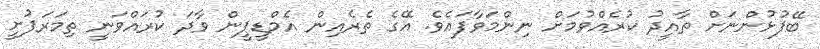
ބޭފުޅުންނަށް ތާއީދު ކުރެއްވުމަށް ނިންމަވާފައެވެ. އޭގެ ތެރެއިން އެމްޑީޕީން ވާދަ ކުރައްވަނީ ތިމަރަފުށީ